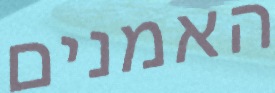
האמנים